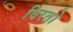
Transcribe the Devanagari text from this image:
विरतो